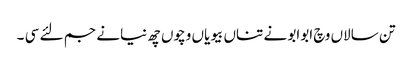
تن سالاں وچ ابوابو نے تناں بیویاں وچوں چھ نیانے جم لئے سی ۔